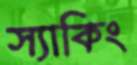
স্যাকিং